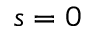
s = 0